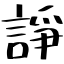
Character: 諍